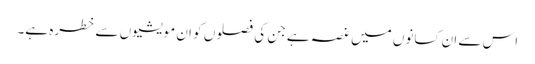
اس سے ان کسانوں میں غصہ ہے جن کی فصلوں کو ان مویشیوں سے خطرہ ہے۔